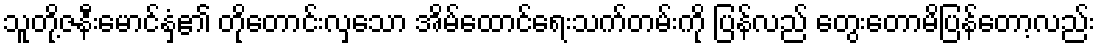
သူတို့ဇနီးမောင်နှံ၏ တိုတောင်းလှသော အိမ်ထောင်ရေးသက်တမ်းကို ပြန်လည် တွေးတောမိပြန်တော့လည်း